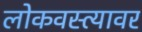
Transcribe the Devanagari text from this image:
लोकवस्त्यावर